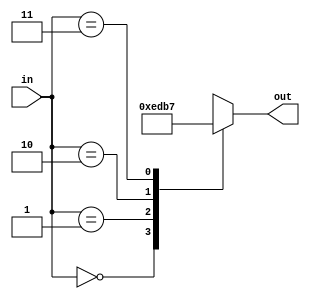
/*
   This file was generated automatically by Alchitry Labs version 1.2.1.
   Do not edit this file directly. Instead edit the original Lucid source.
   This is a temporary file and any changes made to it will be destroyed.
*/

module seven_seg_select_digit_5 (
    input [1:0] in,
    output reg [3:0] out
  );
  
  
  
  always @* begin
    out = 4'hf;
    
    case (in)
      2'h0: begin
        out = 4'he;
      end
      2'h1: begin
        out = 4'hd;
      end
      2'h2: begin
        out = 4'hb;
      end
      2'h3: begin
        out = 4'h7;
      end
      default: begin
        out = 4'hf;
      end
    endcase
  end
endmodule